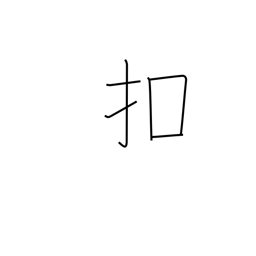
Meaning: tap